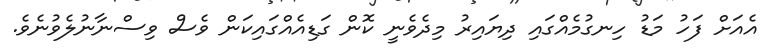
އެއަށް ފަހު މަޑު ހިނގުމެއްގައި ދިޔައިރު މިދެވެނީ ކޮން ގަޑިއެއްގައިކަން ވެސް ވިސްނާނުލެވުނެވެ.